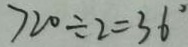
7 2 0 \div 2 = 3 6 ^ { \circ }